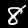
Digit: 8